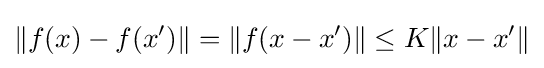
\|f(x)-f(x')\|=\|f(x-x')\|\leq K\|x-x'\|